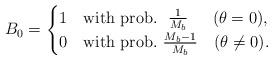
LaTeX: \begin{align*}B_0 =\begin{cases}1 & {\rm with ~prob.~}~ \frac{1}{M_b} \,~~~~(\theta = 0),\\0 & {\rm with ~prob.~} \frac{M_b-1}{M_b} ~~~(\theta \neq 0).\end{cases}\end{align*}